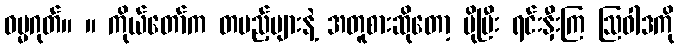
ဓမ္မဂုတ်။ ။ ကိုယ်တော်က တပည့်များနဲ့ အတူစားဆိုတော့ ပိုပြီး ရင်းနှီးကြ ဩဝါဒကို